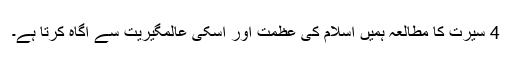
4 سیرت کا مطالعہ ہمیں اسلام کی عظمت اور اسکی عالمگیریت سے آگاہ کرتا ہے۔